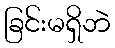
ခြင်းမရှိဘဲ